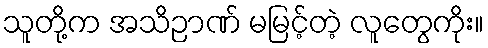
သူတို့က အသိဉာဏ် မမြင့်တဲ့ လူတွေကိုး။